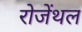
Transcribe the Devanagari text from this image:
रोजेंथल